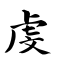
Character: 虔